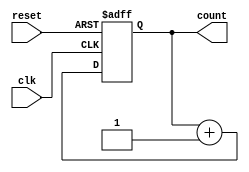
module ripple_counter (
    input wire clk,       // Clock signal
    input wire reset,     // Asynchronous reset signal
    output reg [2:0] count // 3-bit counter output
);

// Always block for the counter logic
always @(posedge clk or posedge reset) begin
    if (reset) begin
        count <= 3'b000; // Reset the counter to 0
    end else begin
        count <= count + 1; // Increment the counter
    end
end

endmodule